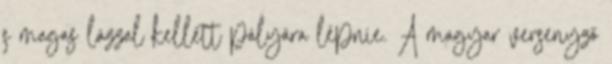
s magas lázzal kellett pályára lépnie. A magyar versenyző